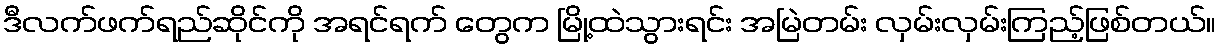
ဒီလက်ဖက်ရည်ဆိုင်ကို အရင်ရက် တွေက မြို့ထဲသွားရင်း အမြဲတမ်း လှမ်းလှမ်းကြည့်ဖြစ်တယ်။